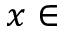
x \in